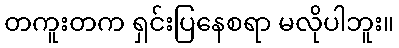
တကူးတက ရှင်းပြနေစရာ မလိုပါဘူး။